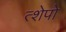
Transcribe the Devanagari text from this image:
त्शेपो